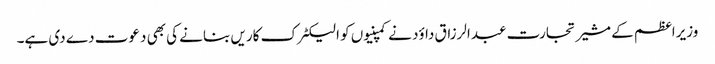
وزیراعظم کے مشیر تجارت عبدالرزاق داؤد نے کمپنیوں کو الیکٹرک کاریں بنانے کی بھی دعوت دے دی ہے۔